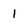
Character: 1